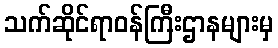
သက်ဆိုင်ရာဝန်ကြီးဌာနများမှ